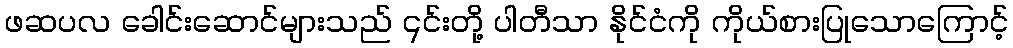
ဖဆပလ ခေါင်းဆောင်များသည် ၎င်းတို့ ပါတီသာ နိုင်ငံကို ကိုယ်စားပြုသောကြောင့်